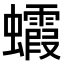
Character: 𧕖